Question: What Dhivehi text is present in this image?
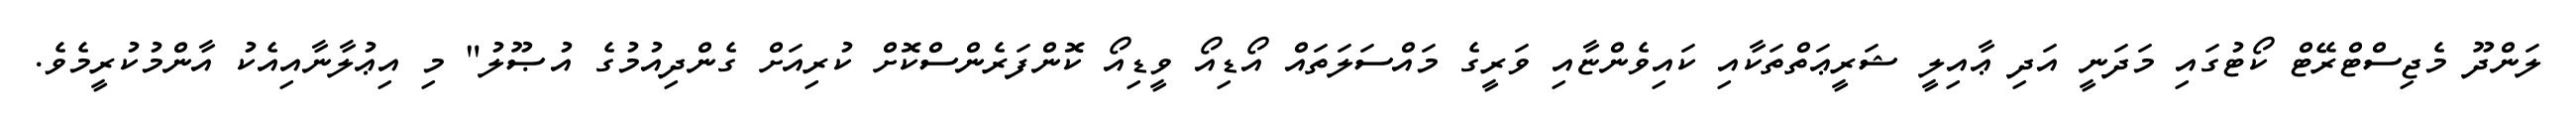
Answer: ލަންދޫ މެޖިސްޓްރޭޓް ކޯޓުގައި މަދަނީ އަދި ޢާއިލީ ޝަރީޢަތްތަކާއި ކައިވެންޏާއި ވަރީގެ މައްސަލަތައް އޯޑިއޯ ވީޑިއޯ ކޮންފަރެންސްކޮށް ކުރިއަށް ގެންދިއުމުގެ އުޞޫލު" މި އިޢުލާނާއިއެކު އާންމުކުރީމެވެ.